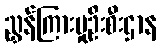
ညွှန်ကြားမှုဦးစီးဌာန